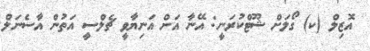
އޮޒިލް (ކ) ގޯލަށް ޝޫޓްކުރަނީ: އޭނާ އަށް އަނިޔާވީ ޗެލްސީ އަތުން އާސެނަލް